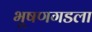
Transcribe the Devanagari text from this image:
भूषणगडला